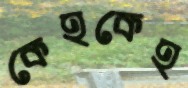
কেহকেহ